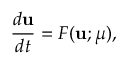
\frac { d \mathbf { u } } { d t } = F ( \mathbf { u } ; \mu ) ,